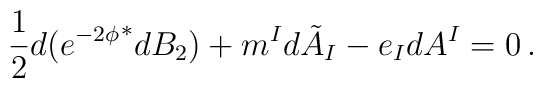
\frac12 d (e^{-2 \phi} \rule{0pt}{10pt}^* d B_2 ) + m^I d \tilde A_I - e_I d A^I = 0  \, .